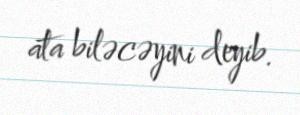
ata biləcəyini deyib.